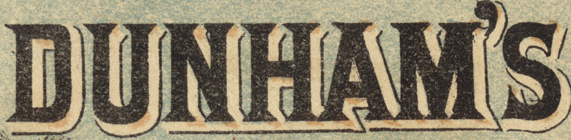
DUNHAM'S